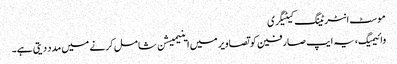
موسٹ انٹرٹینگ کیٹیگری
وائیمیگ، یہ ایپ صارفین کو تصاویر میں اینیمیشن شامل کرنے میں مدد دیتی ہے۔